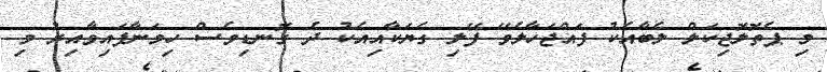
މި ޕެތޮލޮޖިކަލް ލެބާއެކު ފައްޖަހާލެވޭ ފޭލި ގެޔަކާއިއެކު ދެ ގޮނޑިވެސް ހިމަނާފައިވާއިރު މި